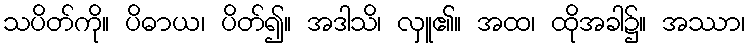
သပိတ်ကို။ ပိဓာယ၊ ပိတ်၍။ အဒါသိ၊ လှူ၏။ အထ၊ ထိုအခါ၌။ အဿာ၊